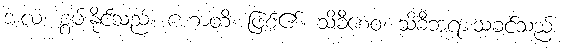
အလံ၊ စွမ်းနိုင်သည်။ ဟောတိ၊ ဖြစ်၏။ သိခီစေဝ၊ သိခီဘုရားသခင်သည်